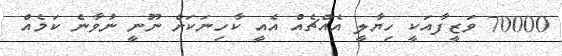
70000 ވަޒީފާއަކީ ހިޔާލީ އެއްޗެއް އެއީ ކާހިނަކަށް ނޫނީ ނުވާނެ ކަމެއް